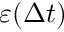
\varepsilon ( \Delta t )